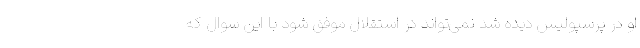
او در پرسپولیس دیده شد نمی‌تواند در استقلال موفق شود با این سوال که